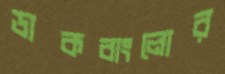
ডাকবাংলোর